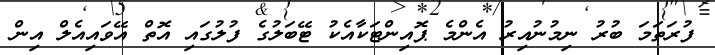
ފުރަތަމަ ބުރު ނިމުނުއިރު އެންމެ ޕޮއިންޓަކާއެކު ޓޭބަލުގެ ފުލުގައި އޮތް އޭވައިއެލް އިން